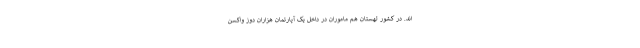
اند. در کشور لهستان هم ماموران در داخل یک آپارتمان هزاران دوز واکسن